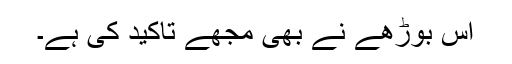
اس بوڑھے نے بھی مجھے تاکید کی ہے۔